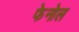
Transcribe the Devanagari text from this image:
फेनोल